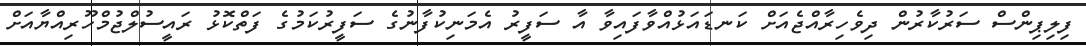
ފިލިޕިންސް ސަރުކާރުން ދިވެހިރާއްޖެއަށް ކަނޑައަޅުއްވާފައިވާ އާ ސަފީރު އެމަނިކުފާނުގެ ސަފީރުކަމުގެ ފަތްކޮޅު ރައީސުލްޖުމްހޫރިއްޔާއަށް